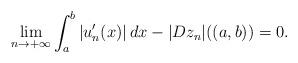
LaTeX: \begin{align*}\lim_{n\to +\infty}\int_{a}^{b}|u_{n}'(x)|\,dx-|Dz_{n}|((a,b))=0.\end{align*}